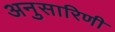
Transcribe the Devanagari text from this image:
अनुसारिणी